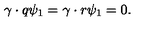
\gamma \cdot q \psi _ { 1 } = \gamma \cdot r \psi _ { 1 } = 0 .